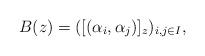
LaTeX: \begin{align*}B(z)=([(\alpha_i, \alpha_j)]_z)_{i, j\in I}, \end{align*}